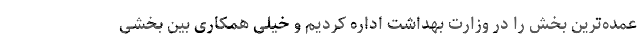
عمده‌‌ترین بخش را در وزارت بهداشت اداره کردیم و خیلی همکاری بین بخشی